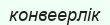
конвеерлік